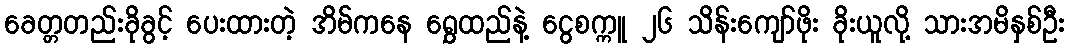
ခေတ္တတည်းခိုခွင့် ပေးထားတဲ့ အိမ်ကနေ ရွှေထည်နဲ့ ငွေစက္ကူ ၂၆ သိန်းကျော်ဖိုး ခိုးယူလို့ သားအမိနှစ်ဦး